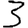
Digit: 3